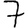
Digit: 7